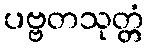
ပဗ္ဗတသုတ္တံ